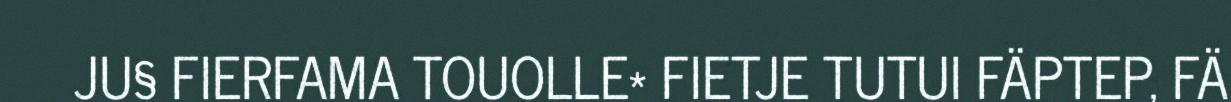
JU§ FIERFAMA TOUOLLE* FIETJE TUTUI FÄPTEP, FÄ